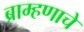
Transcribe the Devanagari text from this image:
ब्राम्हणाचे